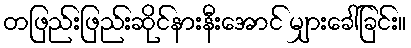
တဖြည်းဖြည်းဆိုင်နားနီးအောင် မျှားခေါ်ခြင်း။